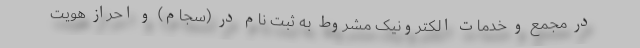
در مجمع و خدمات الکترونیک مشروط به ثبت نام در (سجام) و احراز هویت